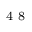
^ \textrm { \scriptsize 4 8 }